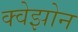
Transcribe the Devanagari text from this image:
क्वेझोन